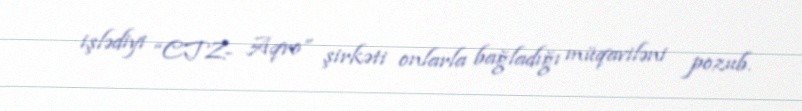
işlədiyi “CTZ- Aqro” şirkəti onlarla bağladığı müqaviləni pozub.